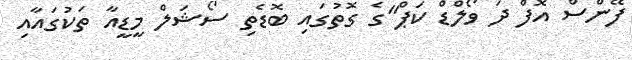
ފޭންސް އޮފް ދަ ވޯލްޑް ކަޕް"ގެ ގޮތުގައި ބޮޑެތި ސޯޝަލް މީޑީއާ ތަކުގައާއި